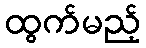
ထွက်မည့်